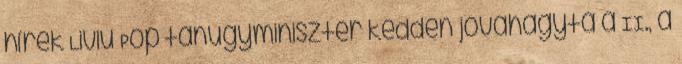
hírek Liviu Pop tanügyminiszter kedden jóváhagyta a II., a